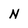
Character: N